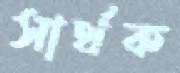
সার্থক